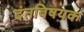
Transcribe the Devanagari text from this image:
दंतविषयक